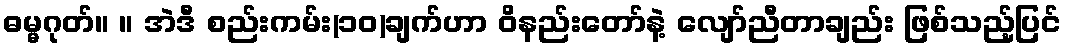
ဓမ္မဂုတ်။ ။ အဲဒီ စည်းကမ်း(၁၀)ချက်ဟာ ဝိနည်းတော်နဲ့ လျော်ညီတာချည်း ဖြစ်သည့်ပြင်